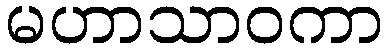
မဟာသာဝကာ